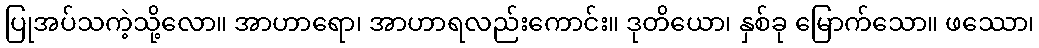
ပြုအပ်သကဲ့သို့လော။ အာဟာရော၊ အာဟာရလည်းကောင်း။ ဒုတိယော၊ နှစ်ခု မြောက်သော။ ဖဿော၊